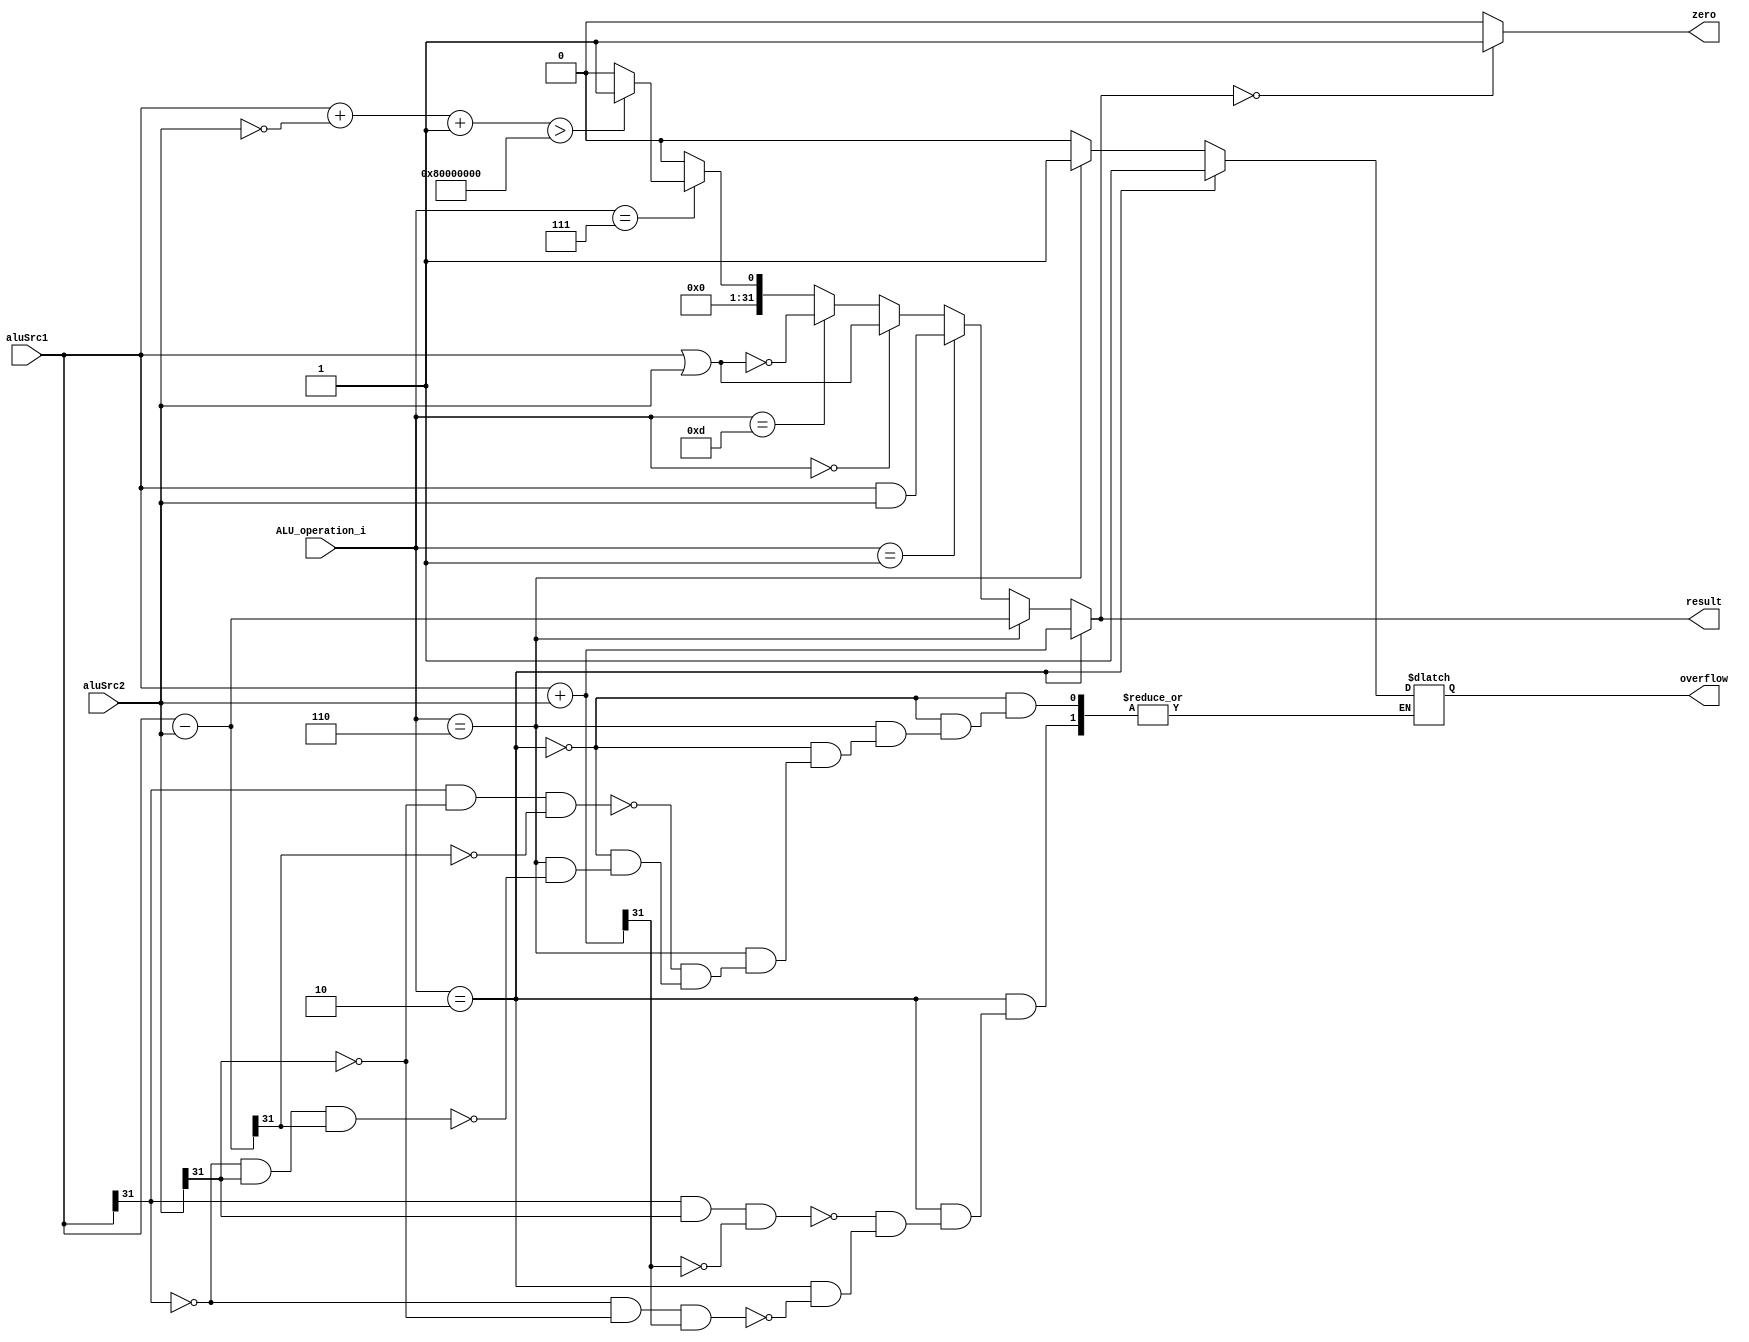
module ALU( aluSrc1, aluSrc2, ALU_operation_i, result, zero, overflow );

//I/O ports 
input	[32-1:0] aluSrc1;
input	[32-1:0] aluSrc2;
input	 [4-1:0] ALU_operation_i;

output	[32-1:0] result;
output			 zero;
output			 overflow;

//Internal Signals
reg			 zero;
reg			 overflow;
reg	[32-1:0] result;

//Main function
/*your code here*/
always @(ALU_operation_i, aluSrc1, aluSrc2)begin
      if(ALU_operation_i == 4'b0010)begin//add
        result = aluSrc1+aluSrc2;
        if(aluSrc1[31]==0&&aluSrc2[31]==0&&result[31]==1)begin
            overflow = 1;
        end
        if(aluSrc1[31]==1&&aluSrc2[31]==1&&result[31]==0)begin
            overflow = 1;
        end 
      end
      else if(ALU_operation_i == 4'b0110)begin//sub
        result = aluSrc1-aluSrc2;
        if(aluSrc1[31]==0&&aluSrc2[31]==1&&result[31]==1)begin
            overflow = 1;
        end
        if(aluSrc1[31]==1&&aluSrc2[31]==0&&result[31]==0)begin
            overflow = 1;
        end

      end
      else if(ALU_operation_i == 4'b0001)begin//and
        result = aluSrc1&aluSrc2;
        overflow  = 0 ;
      end
      else if(ALU_operation_i == 4'b0000)begin//or
        result = aluSrc1|aluSrc2;
        overflow  = 0 ;
      end
      else if(ALU_operation_i == 4'b1101)begin//nor
        result = ~(aluSrc1 | aluSrc2);
        overflow  = 0 ;
      end
      else if(ALU_operation_i == 4'b0111)begin//slt
        result = (aluSrc1 + (~aluSrc2)+1) >32'b10000000000000000000000000000000 ? 32'd1 : 32'd0;
        overflow  = 0 ;
      end
      else begin
        result = 0;
        overflow = 0;
      end
      
      zero = (result==0)?1:0;
      //$display("a:%b",aluSrc1);
      //$display("b:%b",aluSrc2);
      //$display("c:%b  ",result);
end


endmodule